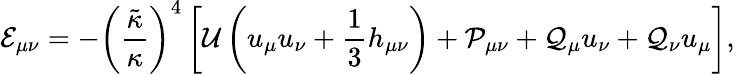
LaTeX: {{\mathcal{E}}_{\mu\nu}}=-{{\left({\frac{\tilde{\kappa}}{\kappa}}\right)}^{4}}\left[{\mathcal{U}}\left({u_{\mu}}{u_{\nu}}+{\frac{1}{3}}{h_{\mu\nu}}\right)+{{\mathcal{P}}_{\mu\nu}}+{{\mathcal{Q}}_{\mu}}{u_{\nu}}+{{\mathcal{Q}}_{\nu}}{u_{\mu}}\right],